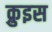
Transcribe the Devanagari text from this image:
क्रुइस